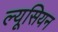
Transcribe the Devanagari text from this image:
ल्यूसियन